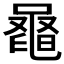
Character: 𪓕